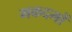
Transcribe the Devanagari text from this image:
मकदमों